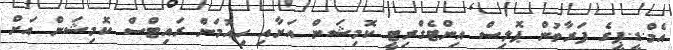
އެމް.ޑީ.ޕީގެ ފަރާތުން ޕޮލިސް އިންޓެގްރިޓީ ކޮމިޝަން އަށާއި ހިއުމަން ރައިޓްސް ކޮމިޝަން އަށް